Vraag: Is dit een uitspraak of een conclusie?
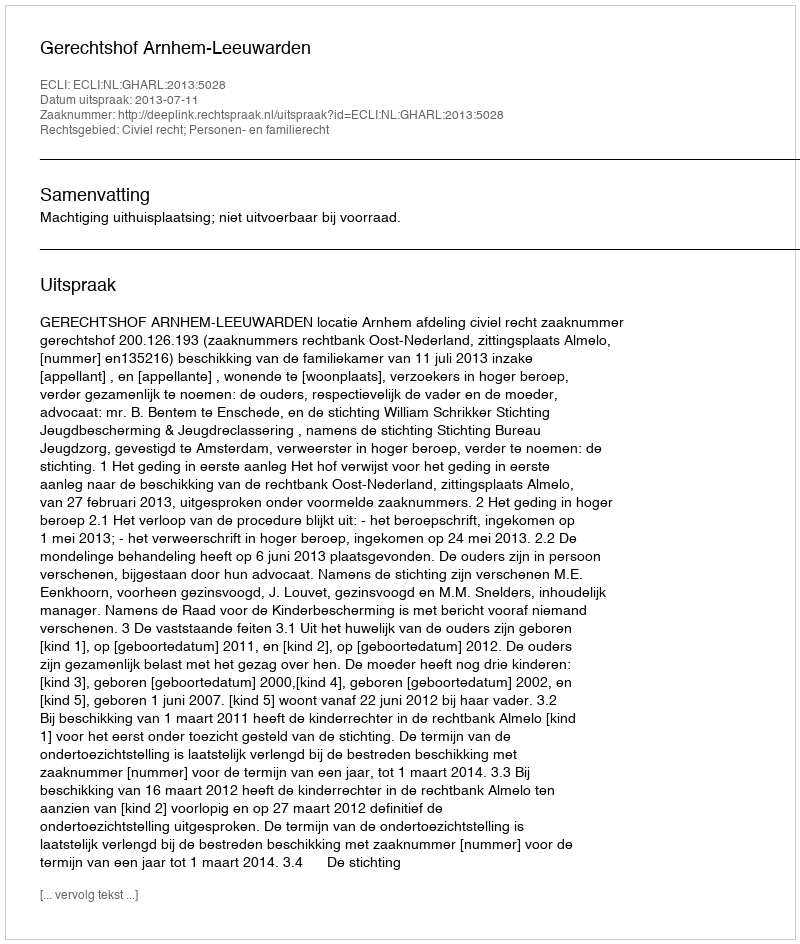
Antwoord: Uitspraak